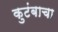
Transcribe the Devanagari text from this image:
कुटंबाचा